Madras plague regulations and rules - Volume 2
Disease focus: Plague
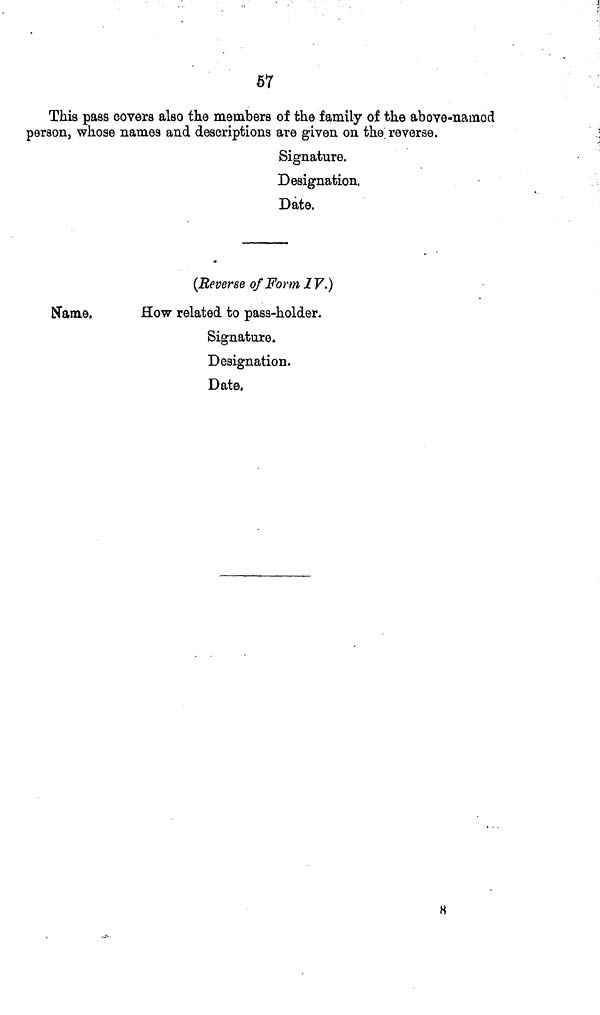
57
This pass covers also the members of the family of the above-named
person, whose names and descriptions are given on the reverse.
Signature.
Designation.
Date.
(Reverse of Form IV.)
Name.
How related to pass-holder.
Signature.
Designation.
Date.
8